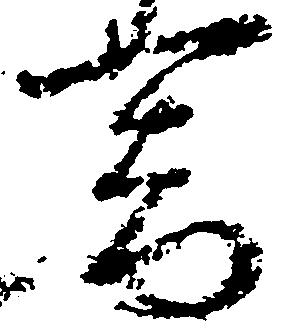
器